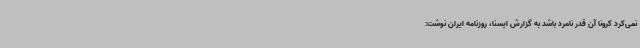
نمی‌کرد کرونا آن قدر نامرد باشد به گزارش ایسنا، روزنامه ایران نوشت: